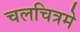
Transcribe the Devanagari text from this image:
चलचित्रमे